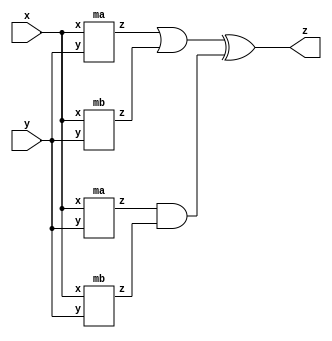
module top_module (input x, input y, output z);
wire a,b,c,d;
ma IA1(
.x(x),
.y(y),
.z(a)
);
ma IA2(
.x(x),
.y(y),
.z(c)
);
mb IB1(
.x(x),
.y(y),
.z(b)
);
mb IB2(
.x(x),
.y(y),
.z(d)
);

assign z = (a|b)^(c&d);

endmodule


module ma (input x, input y, output z);
assign z = (x^y) & x;
endmodule


module mb ( input x, input y, output z );
assign z = ~x^y;
endmodule